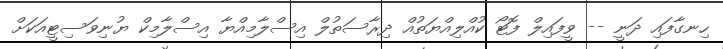
ހިނގާފައި ދަނީ -- ވީފައިލް ފޮޓޯ ކުއްލިއްޔަތުއް ދިރާސަތުލް އިސްލާމިއްޔާ އިސްލާމިކް ޔުނިވަސިޓީއަކަށް